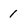
Character: 1